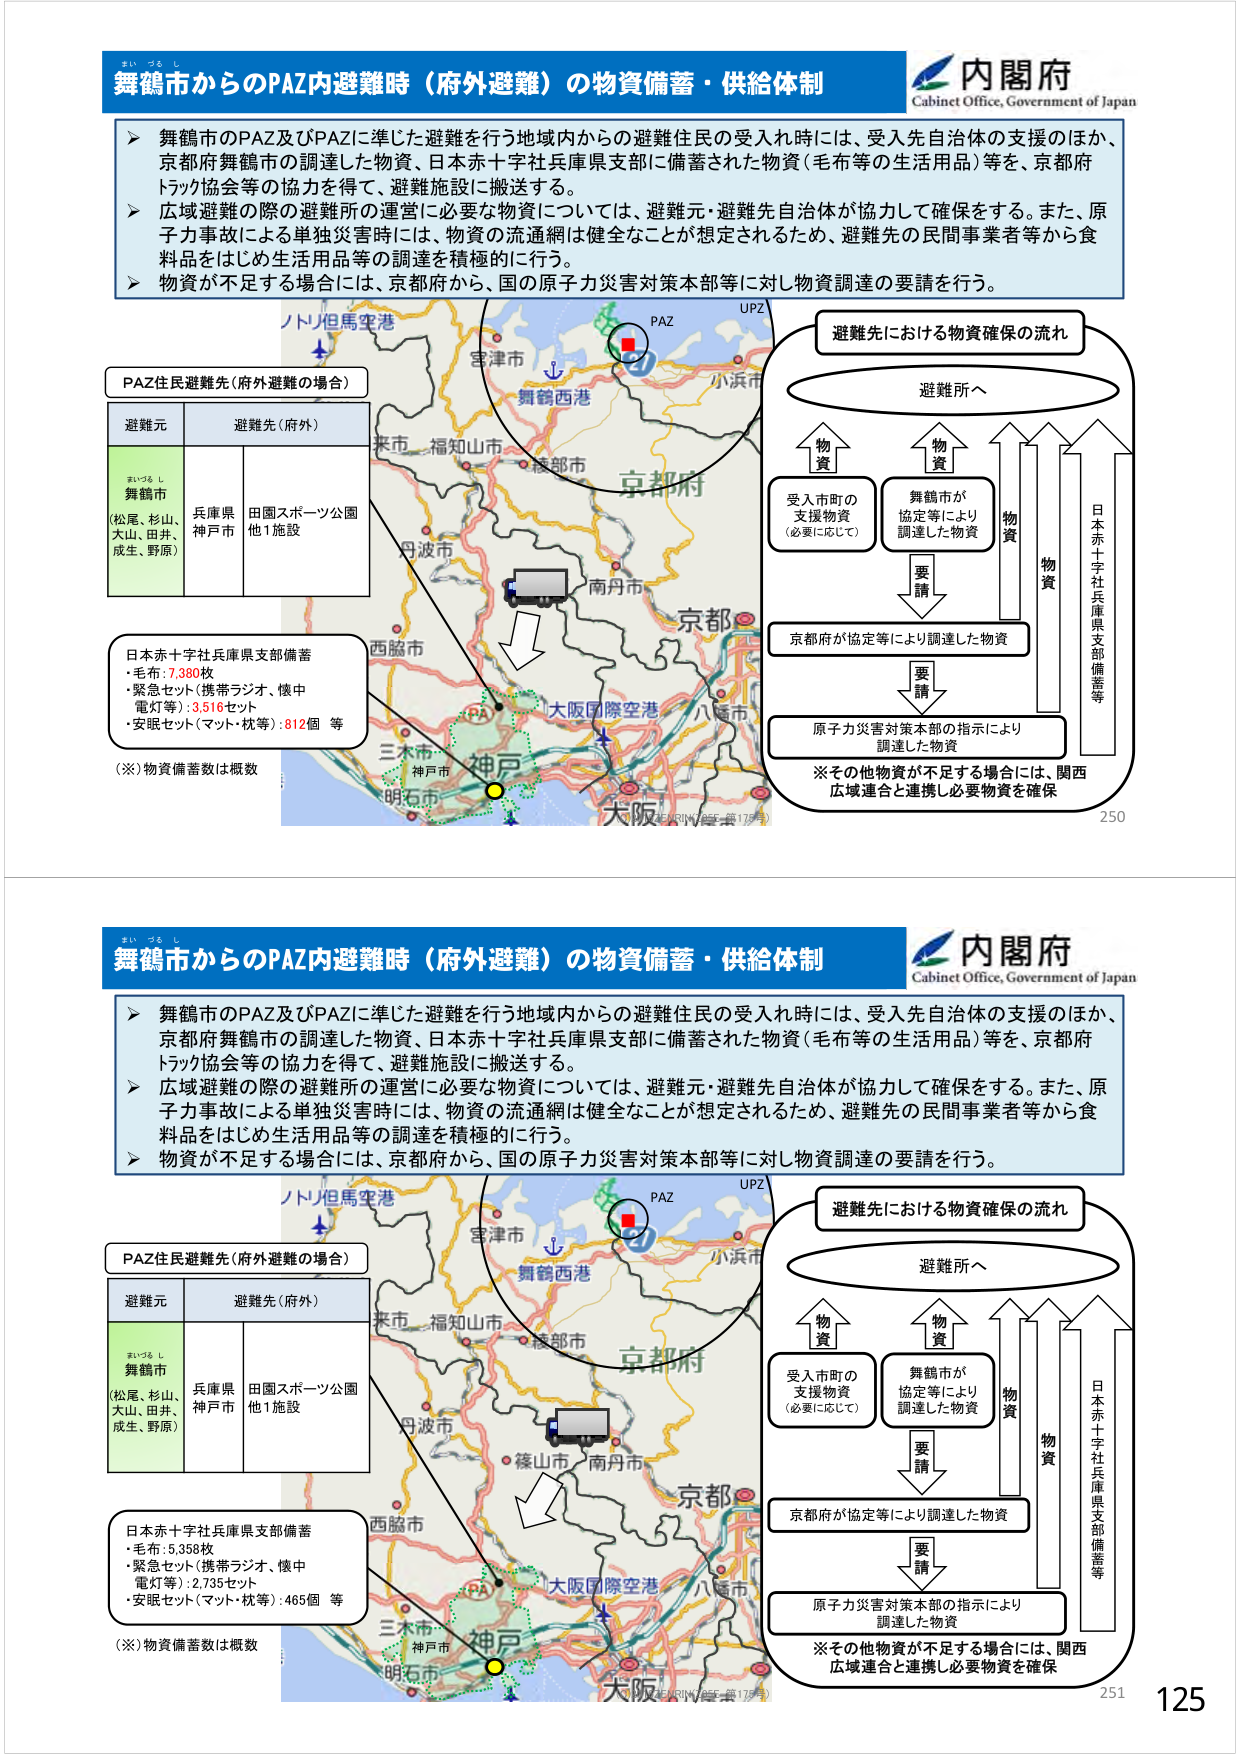
舞鶴市からのPAZ内避難時（府外避難）の物資備蓄・供給体制
内閣府
Cabinet Office, Government of Japan

➤ 舞鶴市のPAZ及びPAZに準じた避難を行う地域内からの避難住民の受入れ時には、受入先自治体の支援のほか、京都府舞鶴市の調達した物資、日本赤十字社兵庫県支部に備蓄された物資（毛布等の生活用品）等を、京都府トラック協会等の協力を得て、避難施設に搬送する。
➤ 広域避難の際の避難所の運営に必要な物資については、避難元・避難先自治体が協力して確保をする。また、原子力事故による単独災害時には、物資の流通網は健全なことが想定されるため、避難先の民間事業者等から食料品をはじめ生活用品等の調達を積極的に行う。
➤ 物資が不足する場合には、京都府から、国の原子力災害対策本部等に対し物資調達の要請を行う。

ノトリ但馬空港
PAZ
UPZ
舞鶴西港
小浜市
宮津市
京都府
来市・福知山市・綾部市
丹波市
南丹市
京都
大阪
大阪国際空港
八尾市
西脇市
三木市
神戸市
明石市
神戸
大阪

PAZ住民避難先（府外避難の場合）
避難元　　　　　避難先（府外）
舞鶴市
（松尾、杉山、
大山、田井、
成生、野原）
兵庫県
神戸市
田園スポーツ公園
他1施設

日本赤十字社兵庫県支部備蓄
・毛布：7,380枚
・緊急セット（携帯ラジオ、懐中電灯等）：3,516セット
・安眠セット（マット・枕等）：812個　等
（※）物資備蓄数は概数

避難先における物資確保の流れ
避難所へ
物資
物資
受入市町の
支援物資
（必要に応じて）
舞鶴市が
協定等により
調達した物資
要請
京都府が協定等により調達した物資
要請
原子力災害対策本部の指示により
調達した物資
物資
物資
日本赤十字社兵庫県支部備蓄等
※その他物資が不足する場合には、関西広域連合と連携し必要物資を確保

250

舞鶴市からのPAZ内避難時（府外避難）の物資備蓄・供給体制
内閣府
Cabinet Office, Government of Japan

➤ 舞鶴市のPAZ及びPAZに準じた避難を行う地域内からの避難住民の受入れ時には、受入先自治体の支援のほか、京都府舞鶴市の調達した物資、日本赤十字社兵庫県支部に備蓄された物資（毛布等の生活用品）等を、京都府トラック協会等の協力を得て、避難施設に搬送する。
➤ 広域避難の際の避難所の運営に必要な物資については、避難元・避難先自治体が協力して確保をする。また、原子力事故による単独災害時には、物資の流通網は健全なことが想定されるため、避難先の民間事業者等から食料品をはじめ生活用品等の調達を積極的に行う。
➤ 物資が不足する場合には、京都府から、国の原子力災害対策本部等に対し物資調達の要請を行う。

ノトリ但馬空港
PAZ
UPZ
舞鶴西港
小浜市
宮津市
京都府
来市・福知山市・綾部市
丹波市
南丹市
京都
大阪
大阪国際空港
八尾市
西脇市
三木市
神戸市
明石市
神戸
大阪

PAZ住民避難先（府外避難の場合）
避難元　　　　　避難先（府外）
舞鶴市
（松尾、杉山、
大山、田井、
成生、野原）
兵庫県
神戸市
田園スポーツ公園
他1施設

日本赤十字社兵庫県支部備蓄
・毛布：5,358枚
・緊急セット（携帯ラジオ、懐中電灯等）：2,735セット
・安眠セット（マット・枕等）：465個　等
（※）物資備蓄数は概数

避難先における物資確保の流れ
避難所へ
物資
物資
受入市町の
支援物資
（必要に応じて）
舞鶴市が
協定等により
調達した物資
要請
京都府が協定等により調達した物資
要請
原子力災害対策本部の指示により
調達した物資
物資
物資
日本赤十字社兵庫県支部備蓄等
※その他物資が不足する場合には、関西広域連合と連携し必要物資を確保

251
125